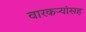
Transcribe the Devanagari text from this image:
वारकऱ्यांसह